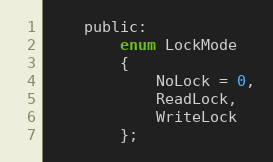
Language: C
    public:
        enum LockMode
        {
            NoLock = 0,
            ReadLock,
            WriteLock
        };